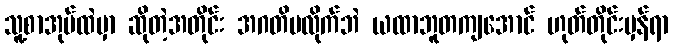
သူ့စာအုပ်ထဲမှာ ဆိုတဲ့အတိုင်း အဂတိမလိုက်ဘဲ ယထာဘူတကျအောင် ဟုတ်တိုင်းမှန်ရာ